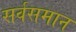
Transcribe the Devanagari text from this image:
सर्वसमान